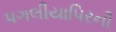
પગલીયાપિરની